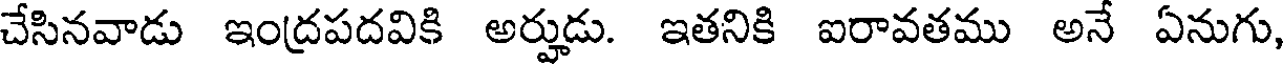
చేసినవాడు ఇంద్రపదవికి అర్హుడు. ఇతనికి ఐరావతము అన ఏనుగు,